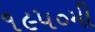
૧૯૫૦મી